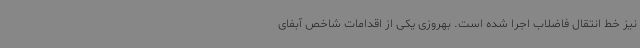
نیز خط انتقال فاضلاب اجرا شده است. بهروزی یکی از اقدامات شاخص آبفای